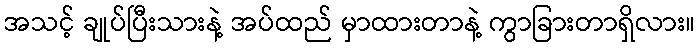
အသင့် ချုပ်ပြီးသားနဲ့ အပ်ထည် မှာထားတာနဲ့ ကွာခြားတာရှိလား။